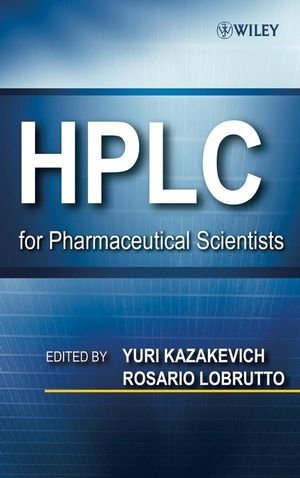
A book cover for HPLC for Pharmaceutical Scientists; Yuri V. Kazakevich; Science & Math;